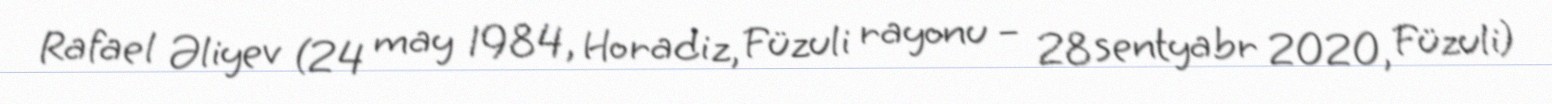
Rafael Əliyev (24 may 1984, Horadiz, Füzuli rayonu – 28 sentyabr 2020, Füzuli)